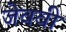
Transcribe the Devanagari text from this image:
जेववी